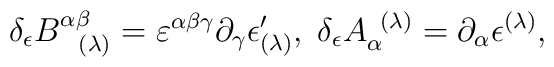
\delta _{\epsilon }B_{\;\;\;(\lambda )}^{\alpha \beta }=\varepsilon ^{\alpha\beta \gamma }\partial _{\gamma }\epsilon _{(\lambda )}^{\prime },\;\delta_{\epsilon }A_{\alpha }^{\;\;(\lambda )}=\partial _{\alpha }\epsilon^{(\lambda )},